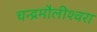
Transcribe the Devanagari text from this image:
चन्‍द्रमौलीश्‍वरा